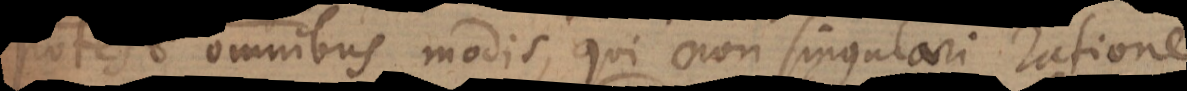
potest omnibus modis, qui non singulari ratione